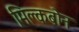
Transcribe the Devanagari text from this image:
मिल्कबोन